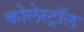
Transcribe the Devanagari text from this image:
कोलेस्‍ट्रॉल